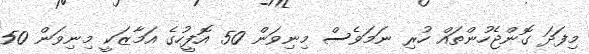
މިފަދަ ގޮންޖެހުންތައް ހުރި ނަމަވެސް މިނިވަން 50 އޮފީހުގެ އަމާޒަކީ މިނިވަން 50